Indian journal of veterinary science and animal husbandry - Volume 1,
Year: 1931
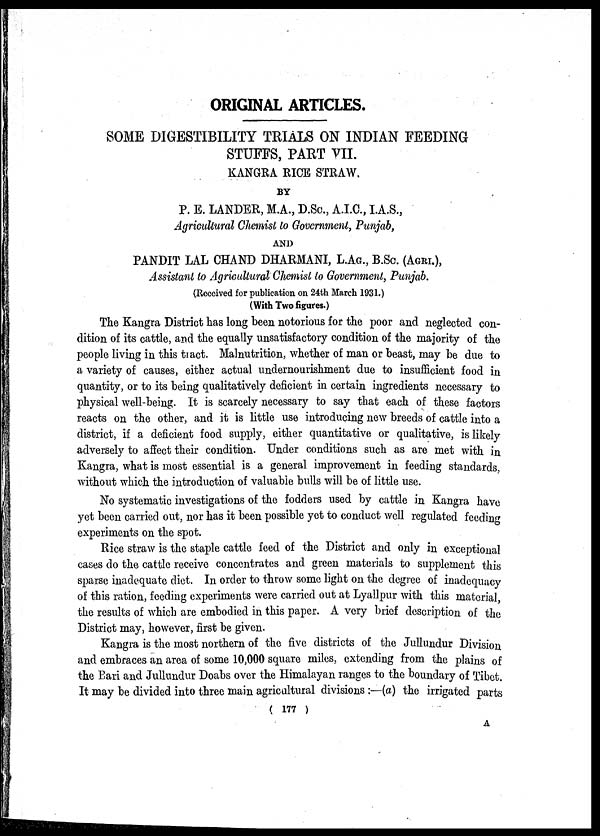
ORIGINAL ARTICLES.
SOME DIGESTIBILITY TRIALS ON INDIAN FEEDING
STUFFS, PART VII.
KANGRA RICE STRAW.
BY
P. E. LANDER, M.A., D.Sc., A.I.C., I.A.S.,
Agricultural Chemist to Government, Punjab,
AND
PANDIT LAL CHAND DHARMANI, L.AG., B.SC. (AGRI.),
Assistant to Agricultural Chemist to Government, Punjab.
(Received for publication on 24th March 1931.)
(With Two figures.)
The Kangra District has long been notorious for the poor and neglected con-
dition of its cattle, and the equally unsatisfactory condition of the majority of the
people living in this tract. Malnutrition, whether of man or beast, may be due to
a variety of causes, either actual undernourishment due to insufficient food in
quantity, or to its being qualitatively deficient in certain ingredients necessary to
physical well-being. It is scarcely necessary to say that each of these factors
reacts on the other, and it is little use introducing new breeds of cattle into a
district, if a deficient food supply, either quantitative or qualitative, is likely
adversely to affect their condition. Under conditions such as are met with in
Kangra, what is most essential is a general improvement in feeding standards,
without which the introduction of valuable bulls will be of little use.
No systematic investigations of the fodders used by cattle in Kangra have
yet been carried out, nor has it been possible yet to conduct well regulated feeding
experiments on the spot.
Rice straw is the staple cattle feed of the District and only in exceptional
cases do the cattle receive concentrates and green materials to supplement this
sparse inadequate diet. In order to throw some light on the degree of inadequacy
of this ration, feeding experiments were carried out at Lyallpur with this material,
the results of which are embodied in this paper. A very brief description of the
District may, however, first be given.
Kangra is the most northern of the five districts of the Jullundur Division
and embraces an area of some 10,000 square miles, extending from the plains of
the Bari and Jullundur Doabs over the Himalayan ranges to the boundary of Tibet.
It may be divided into three main agricultural divisions :—(a) the irrigated parts
( 177 )
A